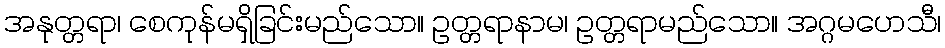
အနုတ္တရာ၊ စေကုန်မရှိခြင်းမည်သော။ ဥတ္တရာနာမ၊ ဥတ္တရာမည်သော။ အဂ္ဂမဟေသီ၊